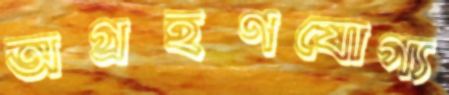
অগ্রহণযোগ্য